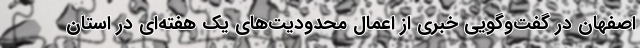
اصفهان در گفت‌وگویی خبری از اعمال محدودیت‌های یک هفته‌ای در استان